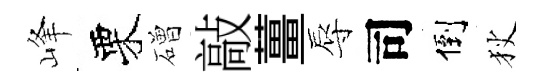
峰栗磳敲薑辱司倒狄